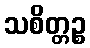
သစိတ္တဉ္စ